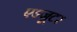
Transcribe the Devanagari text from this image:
एडजूटर